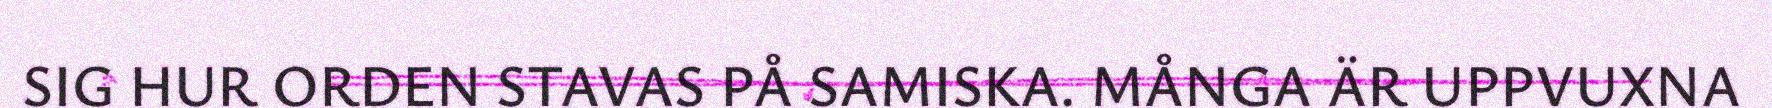
SIG HUR ORDEN STAVAS PÅ SAMISKA. MÅNGA ÄR UPPVUXNA